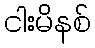
ငါးမိနစ်